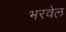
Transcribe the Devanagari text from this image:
भरवेल